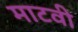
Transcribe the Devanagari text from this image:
माटवी